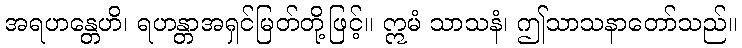
အရဟန္တေဟိ၊ ရဟန္တာအရှင်မြတ်တို့ဖြင့်။ ဣမံ သာသနံ၊ ဤသာသနာတော်သည်။